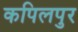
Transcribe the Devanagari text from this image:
कपिलपुर